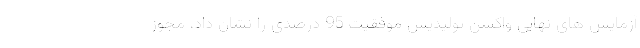
آزمایش های نهایی واکسن تولیدیش موفقیت 95 درصدی را نشان داد، مجوز